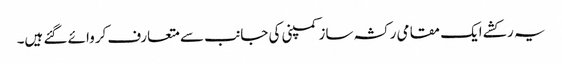
یہ رکشے ایک مقامی رکشہ ساز کمپنی کی جانب سے متعارف کروائے گئے ہیں۔